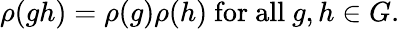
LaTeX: \rho(gh)=\rho(g)\rho(h){\mathrm{~for~all~}}g,h\in G.